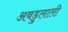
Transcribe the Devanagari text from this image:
अबडुलाली